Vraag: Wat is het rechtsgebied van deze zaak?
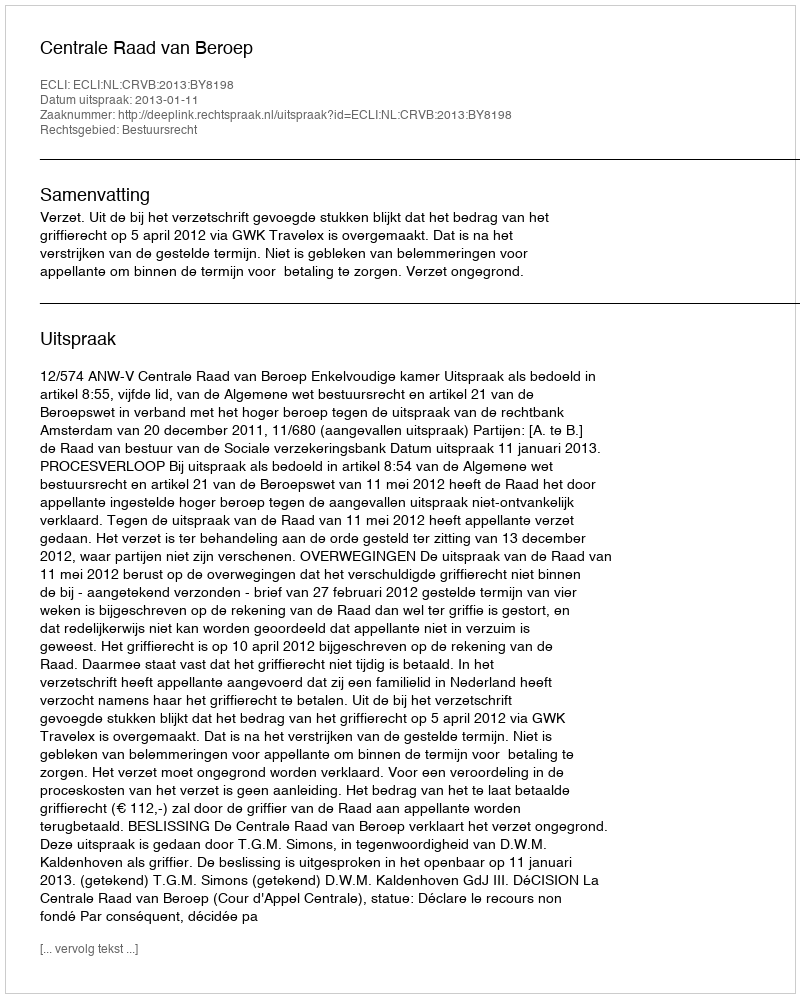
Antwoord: Bestuursrecht